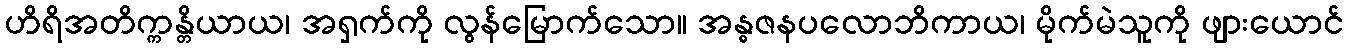
ဟိရိအတိက္ကန္တိယာယ၊ အရှက်ကို လွန်မြောက်သော။ အန္ဓဇနပလောဘိကာယ၊ မိုက်မဲသူကို ဖျားယောင်